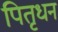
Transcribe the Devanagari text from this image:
पितृधन